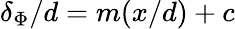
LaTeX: \delta_{\Phi}/d=m(x/d)+c